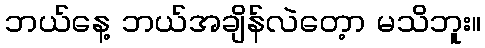
ဘယ်နေ့ ဘယ်အချိန်လဲတေ့ာ မသိဘူး။